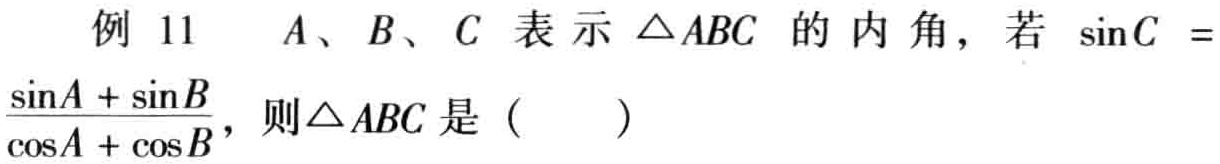
例 11  $A、B、C$ 表示 $\triangle ABC$ 的内角，若 $\sin C = \frac{\sin A + \sin B}{\cos A + \cos B}$，则$\triangle ABC$ 是（  ）